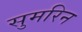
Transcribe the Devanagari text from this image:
सुमरिन